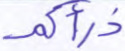
ذرأكم